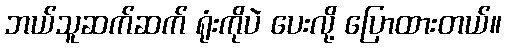
ဘယ်သူဆက်ဆက် ရုံးကိုပဲ ပေးလို့ ပြောထားတယ်။